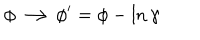
\phi \longrightarrow \phi ^ { \prime } = \phi - \ln { \gamma }